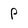
Character: p